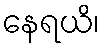
နေရယိ၊